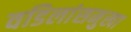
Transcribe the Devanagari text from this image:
वडिलांसमुखा